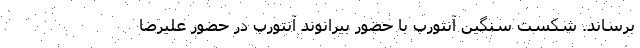
برساند. شکست سنگین آنتورپ با حضور بیرانوند آنتورپ در حضور علیرضا